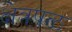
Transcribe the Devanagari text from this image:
क्षेत्रपळ